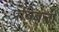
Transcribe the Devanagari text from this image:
प्रोबेबली